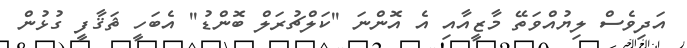
އަދިވެސް ލިޔުއްވަތޭ މާޒީއާއި އެ އޮންނަ ''ކަލްޗުރަލް ބޮންޑު'' އެބަހީ ޘަޤާފީ ގުޅުން